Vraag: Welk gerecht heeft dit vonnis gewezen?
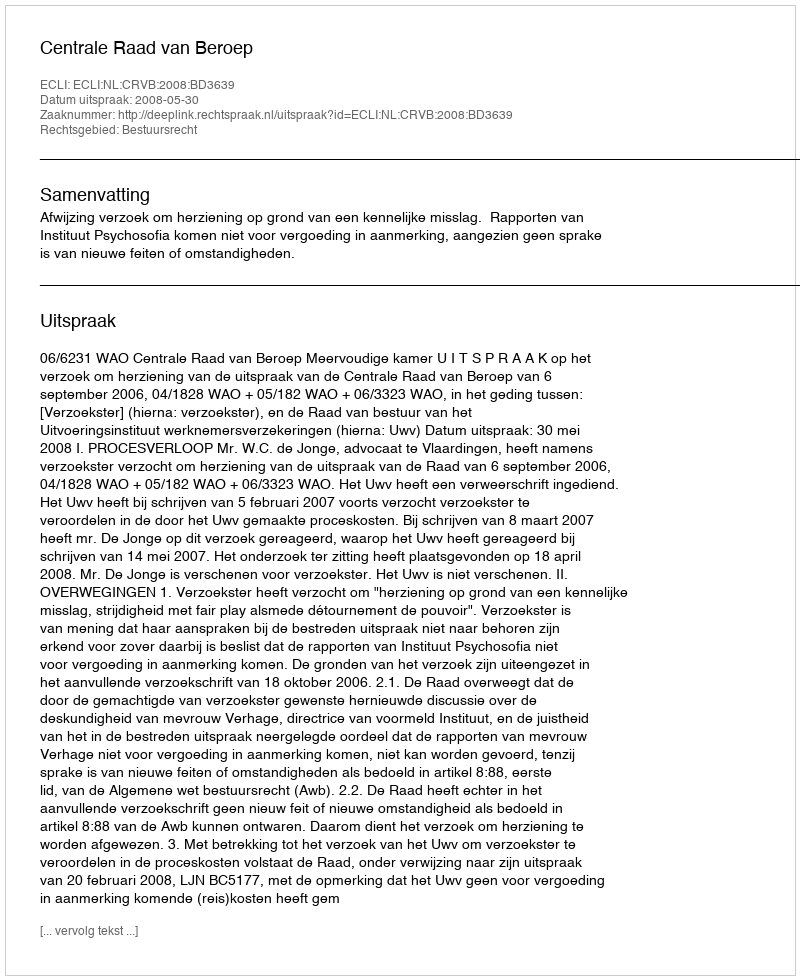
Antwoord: Centrale Raad van Beroep